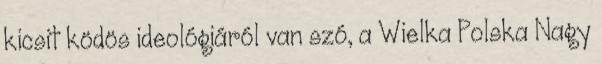
kicsit ködös ideológiáról van szó, a Wielka Polska Nagy